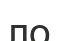
ло